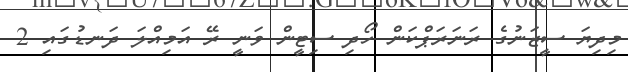
މިދިޔަ ސީޒަނުގެ ރަނަރަޕްކަން ހޯދި ސިޓީން ވަނީ ރޭ އަމިއްލަ ދަނޑުގައި 2